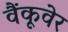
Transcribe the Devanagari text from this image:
वैंकूवेर